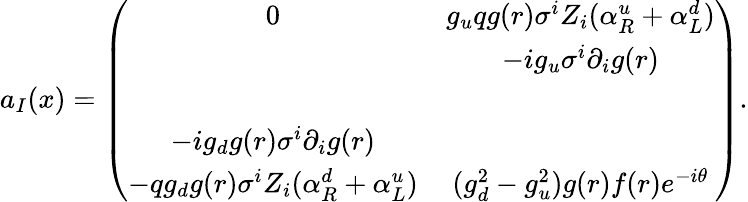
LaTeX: a_{I}(x)=\left(\begin{array}{cc}{{0}}&{{g_{u}qg(r)\sigma^{i}Z_{i}(\alpha_{R}^{u}+\alpha_{L}^{d})}}\\ {{}}&{{-ig_{u}\sigma^{i}\partial_{i}g(r)}}\\ {{}}&{{}}\\ {{-ig_{d}g(r)\sigma^{i}\partial_{i}g(r)}}&{{}}\\ {{-qg_{d}g(r)\sigma^{i}Z_{i}(\alpha_{R}^{d}+\alpha_{L}^{u})}}&{{(g_{d}^{2}-g_{u}^{2})g(r)f(r)e^{-i\theta}}}\end{array}\right).